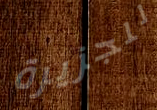
للجزيرة